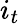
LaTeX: i_{t}